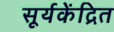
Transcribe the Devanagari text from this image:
सूर्यकेंद्रित